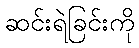
ဆင်းရဲခြင်းကို